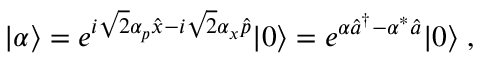
\begin{array} { r } { | \alpha \rangle = e ^ { i \sqrt { 2 } \alpha _ { p } \hat { x } - i \sqrt { 2 } \alpha _ { x } \hat { p } } | 0 \rangle = e ^ { \alpha \hat { a } ^ { \dagger } - \alpha ^ { * } \hat { a } } | 0 \rangle \; , } \end{array}